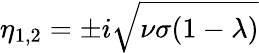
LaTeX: \eta_{1,2}=\pm i\sqrt{\nu\sigma(1-\lambda)}